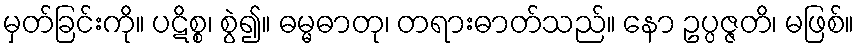
မှတ်ခြင်းကို။ ပဋိစ္စ၊ စွဲ၍။ ဓမ္မဓာတု၊ တရားဓာတ်သည်။ နော ဥပ္ပဇ္ဇတိ၊ မဖြစ်။